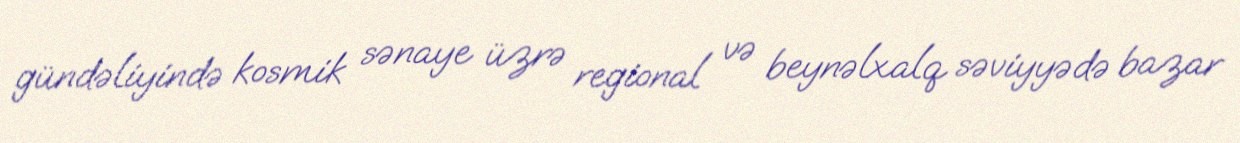
gündəliyində kosmik sənaye üzrə regional və beynəlxalq səviyyədə bazar